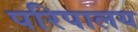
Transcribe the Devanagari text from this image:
परिपालय